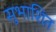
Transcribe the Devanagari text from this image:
सुभाशित